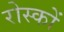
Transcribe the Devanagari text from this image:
रोस्कों